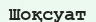
Шоқсуат